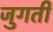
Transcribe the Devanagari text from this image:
जुगती